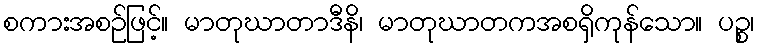
စကားအစဉ်ဖြင့်။ မာတုဃာတာဒီနိ၊ မာတုဃာတကအစရှိကုန်သော။ ပဉ္စ၊